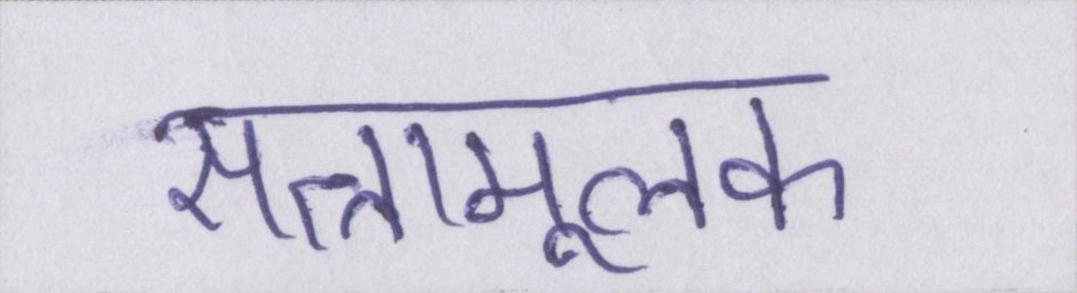
सत्तामूलक